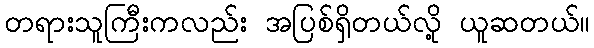
တရားသူကြီးကလည်း အပြစ်ရှိတယ်လို့ ယူဆတယ်။